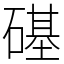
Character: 𥕛